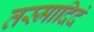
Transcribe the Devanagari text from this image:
तस्मादिदं